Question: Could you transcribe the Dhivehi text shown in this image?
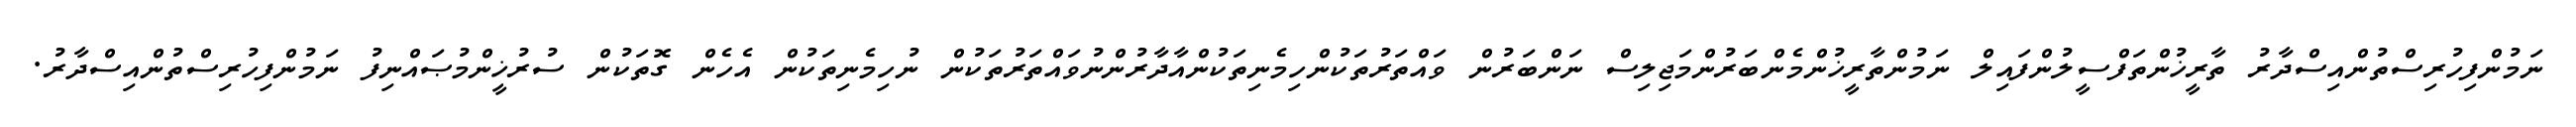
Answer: ނަމުންފިހުރިސްތުންއިސްދާރު ތާރީޚުންތަފްސީލުންފައިލް ނަމުންތާރީޚުންމެންބަރުންމަޖިލިސް ނަންބަރުން ވައްތަރުތަކުންހިމެނިތަކުންއާދާރުންނުވައްތަރުތަކުން ނުހިމެނިތަކުން އެހެން ގޮތަކުން ސުރުޚީންމުޞައްނިފު ނަމުންފިހުރިސްތުންއިސްދާރު.